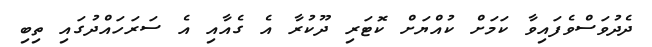
ދެދުވަސްވެފައިވާ ކަމަށް ކުއްޔަށް ކޮޓަރި ދޫކުރާ އެ ގެއާއި އެ ސަރަހައްދުގައި ތިބި